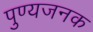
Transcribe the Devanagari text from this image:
पुण्यजनक